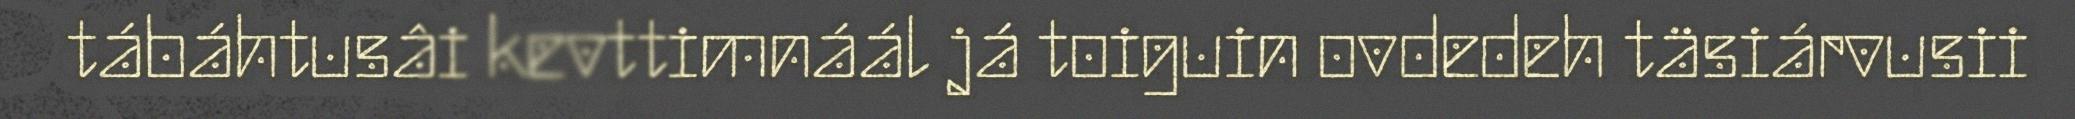
tábáhtusâi kevttimnáál já toiguin ovdedeh täsiárvusii